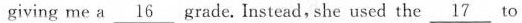
giving me a \underline{16} grade, lnstead,she used the \underline{17} to